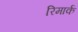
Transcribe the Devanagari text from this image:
रिमार्क